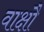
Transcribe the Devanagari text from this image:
वाक्षौ